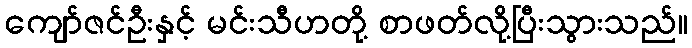
ကျော်ဇင်ဦးနှင့် မင်းသီဟတို့ စာဖတ်လို့ပြီးသွားသည်။